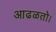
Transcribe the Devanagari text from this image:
आढळतो।